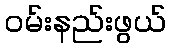
ဝမ်းနည်းဖွယ်